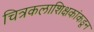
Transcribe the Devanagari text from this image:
चित्रकलाशिक्षकांकडून